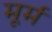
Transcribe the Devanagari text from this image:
मूर्म